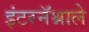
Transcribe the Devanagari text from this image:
इंटरनॅश्नाले